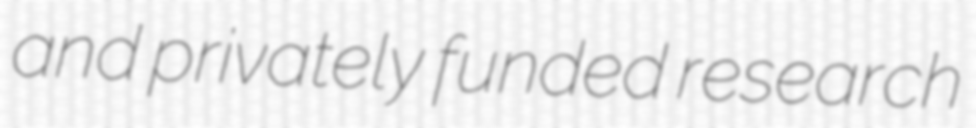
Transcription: and privately funded research